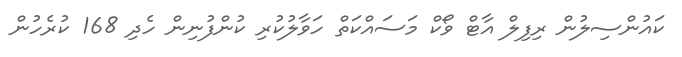
ކައުންސިލުން ރިފިލް އާޓް ވޯކް މަސައްކަތް ހަވާލުކުރި ކުންފުނިން ހެދި 168 ކުރެހުން